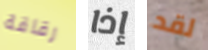
رقاقة إذا لقد